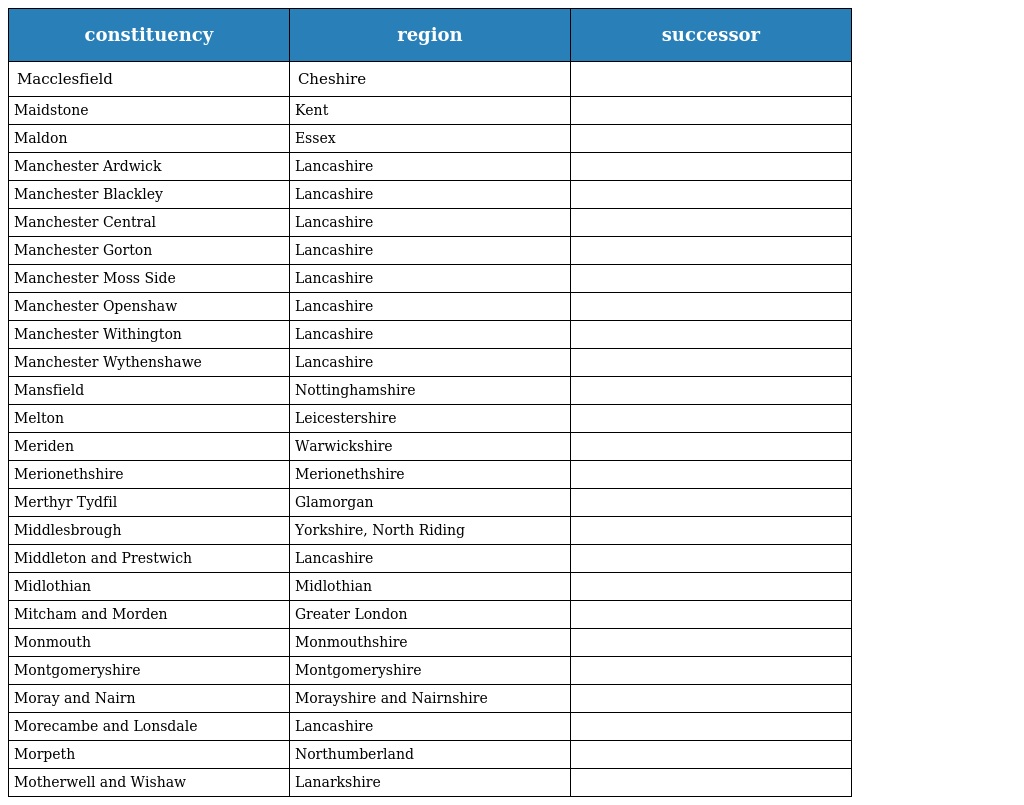
| constituency | region | successor |
 | --- | --- | --- |
 | Macclesfield | Cheshire |  |
 | Maidstone | Kent |  |
 | Maldon | Essex |  |
 | Manchester Ardwick | Lancashire |  |
 | Manchester Blackley | Lancashire |  |
 | Manchester Central | Lancashire |  |
 | Manchester Gorton | Lancashire |  |
 | Manchester Moss Side | Lancashire |  |
 | Manchester Openshaw | Lancashire |  |
 | Manchester Withington | Lancashire |  |
 | Manchester Wythenshawe | Lancashire |  |
 | Mansfield | Nottinghamshire |  |
 | Melton | Leicestershire |  |
 | Meriden | Warwickshire |  |
 | Merionethshire | Merionethshire |  |
 | Merthyr Tydfil | Glamorgan |  |
 | Middlesbrough | Yorkshire, North Riding |  |
 | Middleton and Prestwich | Lancashire |  |
 | Midlothian | Midlothian |  |
 | Mitcham and Morden | Greater London |  |
 | Monmouth | Monmouthshire |  |
 | Montgomeryshire | Montgomeryshire |  |
 | Moray and Nairn | Morayshire and Nairnshire |  |
 | Morecambe and Lonsdale | Lancashire |  |
 | Morpeth | Northumberland |  |
 | Motherwell and Wishaw | Lanarkshire |  |